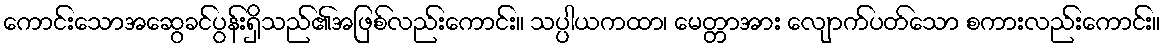
ကောင်းသောအဆွေခင်ပွန်းရှိသည်၏အဖြစ်လည်းကောင်း။ သပ္ပါယကထာ၊ မေတ္တာအား လျောက်ပတ်သော စကားလည်းကောင်း။